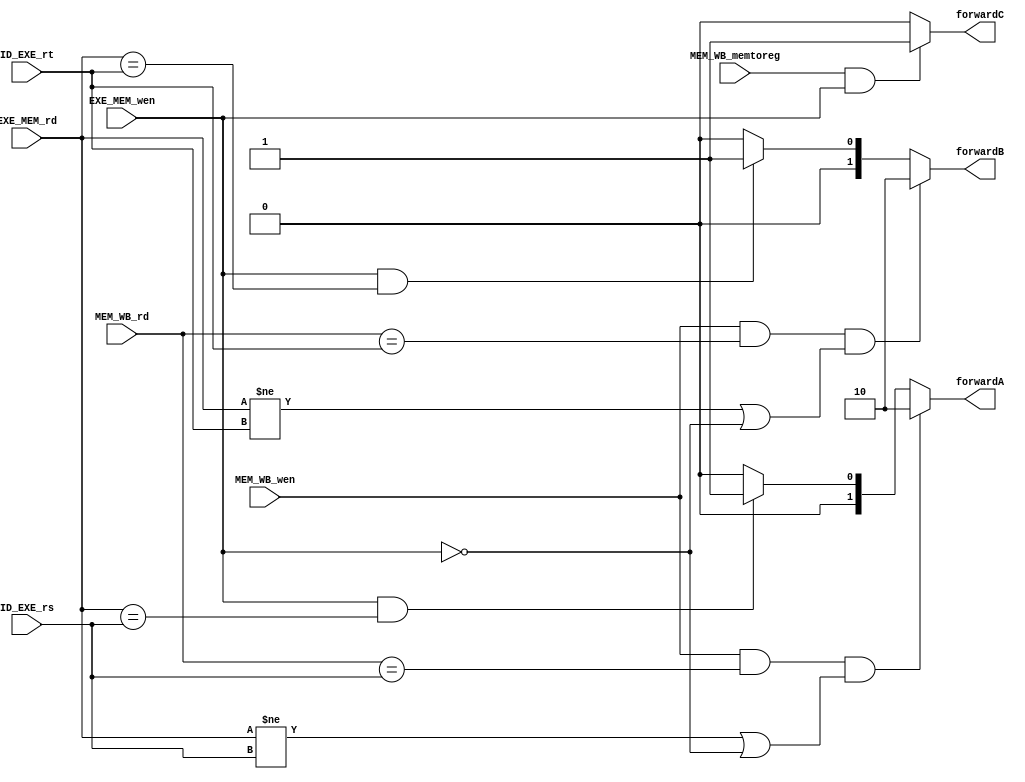
module forwardUnit(
    input [3:0] ID_EXE_rs, ID_EXE_rt, EXE_MEM_rd, MEM_WB_rd,
    input EXE_MEM_wen, MEM_WB_wen, MEM_WB_memtoreg,
    output reg [1:0] forwardA, forwardB,
    output reg forwardC
    );

always @ * begin
    // forwarding to ALU port A
    forwardA = 2'd0;
    if(EXE_MEM_wen == 1 && EXE_MEM_rd == ID_EXE_rs)
        forwardA = 2'd1;
    if(MEM_WB_wen == 1 && MEM_WB_rd == ID_EXE_rs && (EXE_MEM_rd != ID_EXE_rs || EXE_MEM_wen == 0))
        forwardA = 2'd2;
    // forwarding to ALU port B
    forwardB = 2'd0;
    if(EXE_MEM_wen == 1 && EXE_MEM_rd == ID_EXE_rt)
        forwardB = 2'd1;
    if(MEM_WB_wen == 1 && MEM_WB_rd == ID_EXE_rt && (EXE_MEM_rd != ID_EXE_rt || EXE_MEM_wen == 0))
        forwardB = 2'd2;
    // forwarding to data memory
    forwardC = 1'd0;
    if(MEM_WB_memtoreg == 1 && EXE_MEM_wen == 1)
        forwardC = 1'd1;
end

endmodule